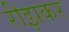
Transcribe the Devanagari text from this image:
रीझकर